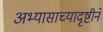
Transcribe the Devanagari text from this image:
अभ्यासाच्यादृष्टीने